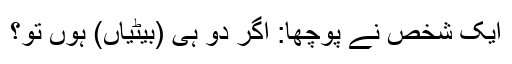
ایک شخص نے پوچھا: اگر دو ہی (بیٹیاں) ہوں تو؟